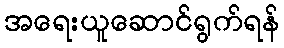
အရေးယူဆောင်ရွက်ရန်